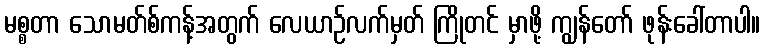
မစ္စတာ သောမတ်စ်ကန့်အတွက် လေယာဉ်လက်မှတ် ကြိုတင် မှာဖို့ ကျွန်တော် ဖုန်းခေါ်တာပါ။